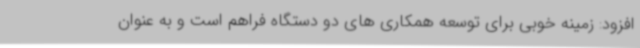
افزود: زمینه خوبی برای توسعه همکاری های دو دستگاه فراهم است و به عنوان